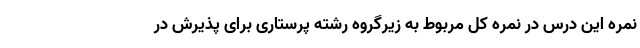
نمره این درس در نمره کل مربوط به زیرگروه رشته پرستاری برای پذیرش در